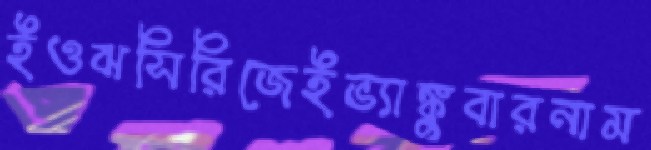
ইওঝসিরিজেইভ্যাঙ্কুবারনাম